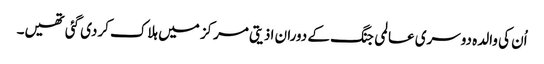
اُن کی والدہ دوسری عالمی جنگ کے دوران اذیتی مرکز میں ہلاک کردی گئی تھیں۔